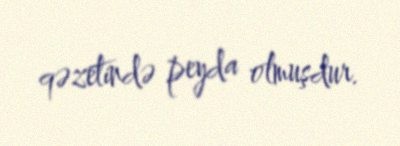
qəzetində peyda olmuşdur.